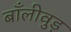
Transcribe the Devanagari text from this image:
बाँलीवुड़